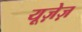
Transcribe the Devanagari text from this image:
यूज़ेज़